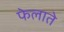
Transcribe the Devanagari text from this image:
फेलाते